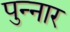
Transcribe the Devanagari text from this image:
पुन्नार